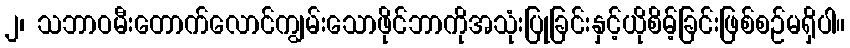
၂၊ သဘာဝမီးတောက်လောင်ကျွမ်းသောဖိုင်ဘာကိုအသုံးပြုခြင်းနှင့်ယိုစိမ့်ခြင်းဖြစ်စဉ်မရှိပါ။